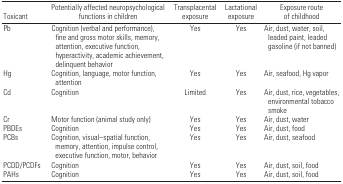
| Toxicant | Potentially affected neuropsychological functions in children | Transplacental exposure | Lactational exposure | Exposure route of childhood |
 | --- | --- | --- | --- | --- |
 | Pb | Cognition (verbal and performance), fine and gross motor skills, memory, attention, executive function, hyperactivity, academic achievement, delinquent behavior | Yes | Yes | Air, dust, water, soil, leaded paint, leaded gasoline (if not banned) |
 | Hg | Cognition, language, motor function, attention | Yes | Yes | Air, seafood, Hg vapor |
 | Cd | Cognition | Limited | Yes | Air, dust, rice, vegetables, environmental tobacco smoke |
 | Cr | Motor function (animal study only) | Yes | Yes | Air, dust, water |
 | PBDEs | Cognition | Yes | Yes | Air, dust, food |
 | PCBs | Cognition, visual–spatial function, memory, attention, impulse control, executive function, motor, behavior | Yes | Yes | Air, dust, seafood |
 | PCDD/PCDFs | Cognition | Yes | Yes | Air, dust, soil, food |
 | PAHs | Cognition | Yes | Yes | Air, dust, soil, food |